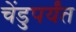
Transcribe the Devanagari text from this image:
चेंडुपर्यंत